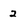
Character: 2